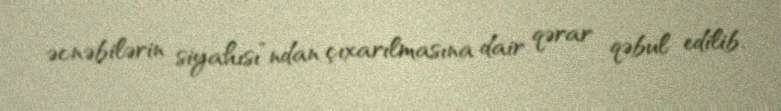
əcnəbilərin siyahısı”ndan çıxarılmasına dair qərar qəbul edilib.